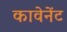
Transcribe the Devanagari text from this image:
कावेनेंट